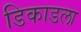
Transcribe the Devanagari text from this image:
डिकाडला